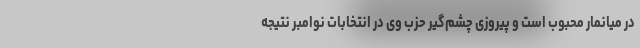
در میانمار محبوب است و پیروزی چشم‌گیر حزب وی در انتخابات نوامبر نتیجه